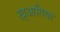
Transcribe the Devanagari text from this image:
ख्आतिया